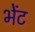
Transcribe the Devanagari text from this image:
भेेंट